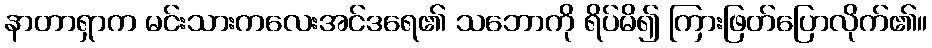
နာတာရှာက မင်းသားကလေးအင်ဒရေ၏ သဘောကို ရိပ်မိ၍ ကြားဖြတ်ပြောလိုက်၏။